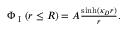
\begin{array} { r } { \Phi _ { \textrm { I } } ( r \leq R ) = A \frac { \sinh ( \kappa _ { D } r ) } { r } . } \end{array}